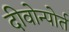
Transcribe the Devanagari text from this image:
दीवोन्पोर्त